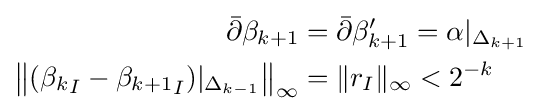
{\begin{aligned}{\bar {\partial }}\beta _{k+1}&={\bar {\partial }}\beta '_{k+1}=\alpha |_{\Delta _{k+1}}\\\left\|({\beta _{k}}_{I}-{\beta _{k+1}}_{I})|_{\Delta _{k-1}}\right\|_{\infty }&=\|r_{I}\|_{\infty }<2^{-k}\end{aligned}}